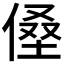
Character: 𰂡